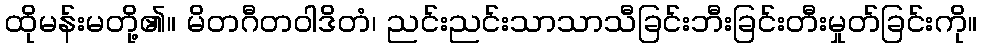
ထိုမန်းမတို့၏။ မိတဂီတဝါဒိတံ၊ ညင်းညင်းသာသာသီခြင်းဘီးခြင်းတီးမှုတ်ခြင်းကို။